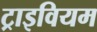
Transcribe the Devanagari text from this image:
ट्राइवियम